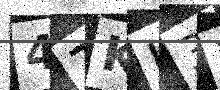
Text: 47KU31